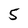
Character: 5